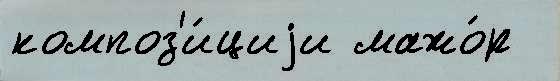
композ'и́циjи мажо́р